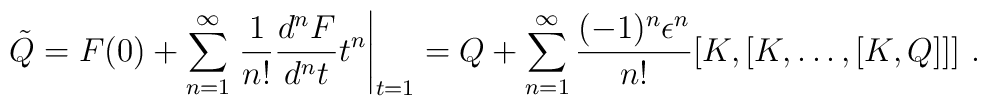
\tilde{Q}=    F(0)+\sum_{n=1}^{\infty}    \left.\frac{1}{n!}\frac{d^nF}{d^nt}t^n\right|_{t=1}=    Q+\sum_{n=1}^{\infty}    \frac{(-1)^n \epsilon^n}{n!}    [K,[K,\dots,[K,Q]]] \ .